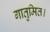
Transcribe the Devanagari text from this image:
गातुमित।